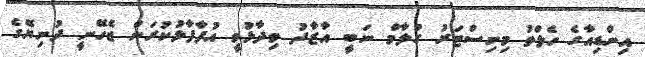
އިންޑިއާގެ ހެލްތު މިނިސްޓަރު ގުލާމް ނަބީ އާޒާދު ވިދާޅުވީ އުފާފާޅުކުރަން ޖެހޭނީ ދުނިޔޭގެ